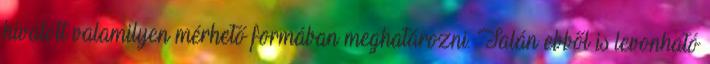
hivatott valamilyen mérhető formában meghatározni. Talán ebből is levonható